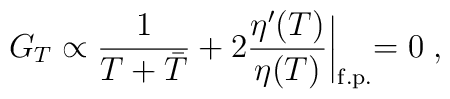
G_{T} \propto {1\over T+\bar T}+ 2{\eta'(T) \over \eta(T)}\biggl\vert_{\rm f.p.}=0\;,